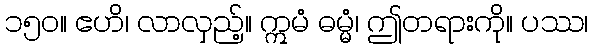
၁၅၀။ ဧဟိ၊ လာလှည့်။ ဣမံ ဓမ္မံ၊ ဤတရားကို။ ပဿ၊